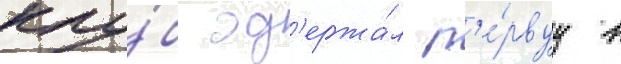
клу́б од'ержа́л п'е́рвуу в